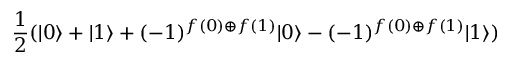
{ \frac { 1 } { 2 } } ( | 0 \rangle + | 1 \rangle + ( - 1 ) ^ { f ( 0 ) \oplus f ( 1 ) } | 0 \rangle - ( - 1 ) ^ { f ( 0 ) \oplus f ( 1 ) } | 1 \rangle )